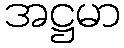
အဋ္ဌမာ